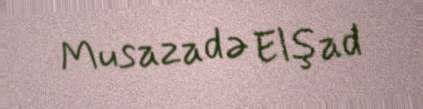
Musazadə Elşad